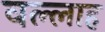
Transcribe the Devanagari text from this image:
वल्लाह